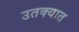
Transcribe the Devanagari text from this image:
उतक्यात